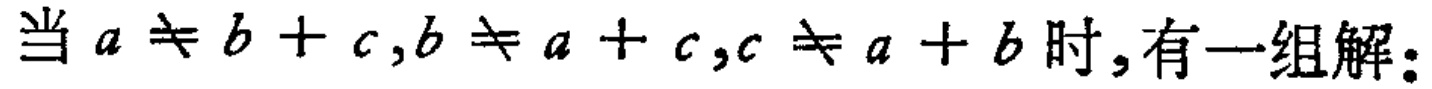
当 \(a \neq b + c,b \neq a + c,c \neq a + b\) 时,有一组解：